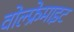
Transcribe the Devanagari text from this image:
वोल्फ्रेमाइट